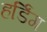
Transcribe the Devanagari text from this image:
हर्डिंग